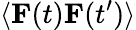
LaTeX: \langle\mathbf{{F}}(t)\mathbf{{F}}(t^{\prime})\rangle